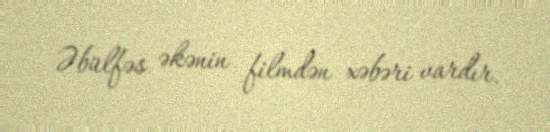
Əbülfəs əkənin filmdən xəbəri vardır.